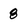
Character: 8